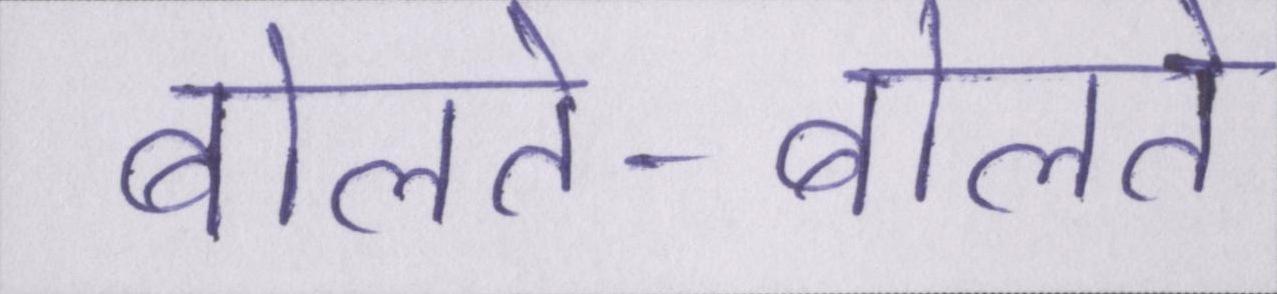
बोलते-बोलते